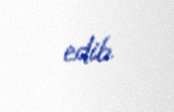
edib.